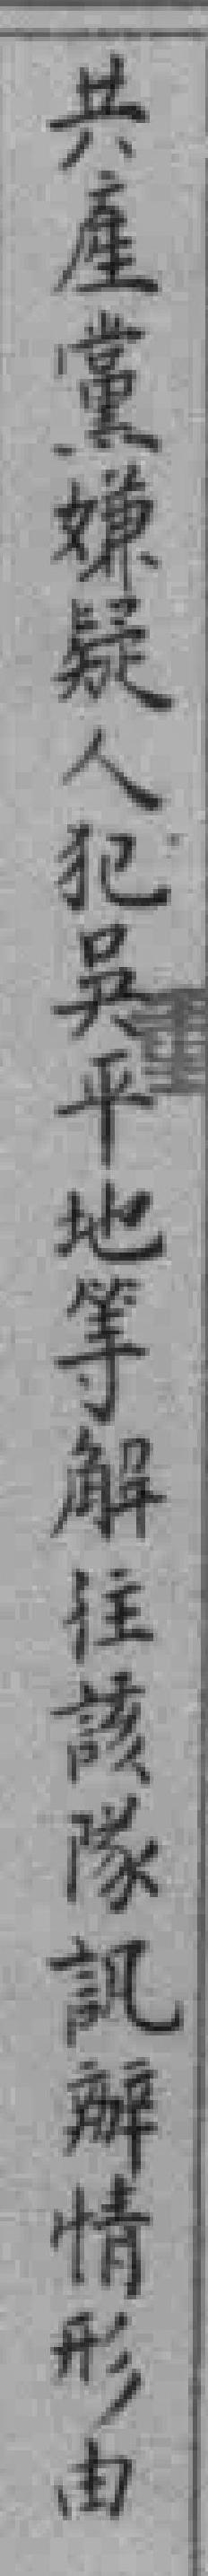
共產黨嫌疑人犯吴平地等解往該隊訊辦情形由